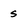
Character: s